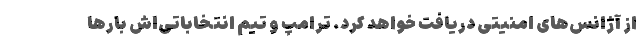
از آژانس‌های امنیتی دریافت خواهد کرد. ترامپ و تیم انتخاباتی‌اش بارها